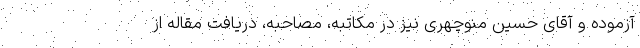
آزموده و آقای حسین منوچهری نیز در مکاتبه، مصاحبه، دریافت مقاله از